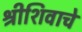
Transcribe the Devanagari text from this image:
श्रीशिवाचे